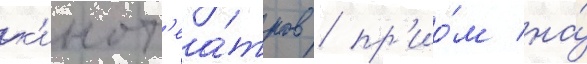
к'инот'еа́тров / пр'ио́м на́